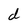
Character: d